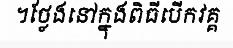
។ថ្លែងនៅក្នុងពិធីបើកវគ្គ